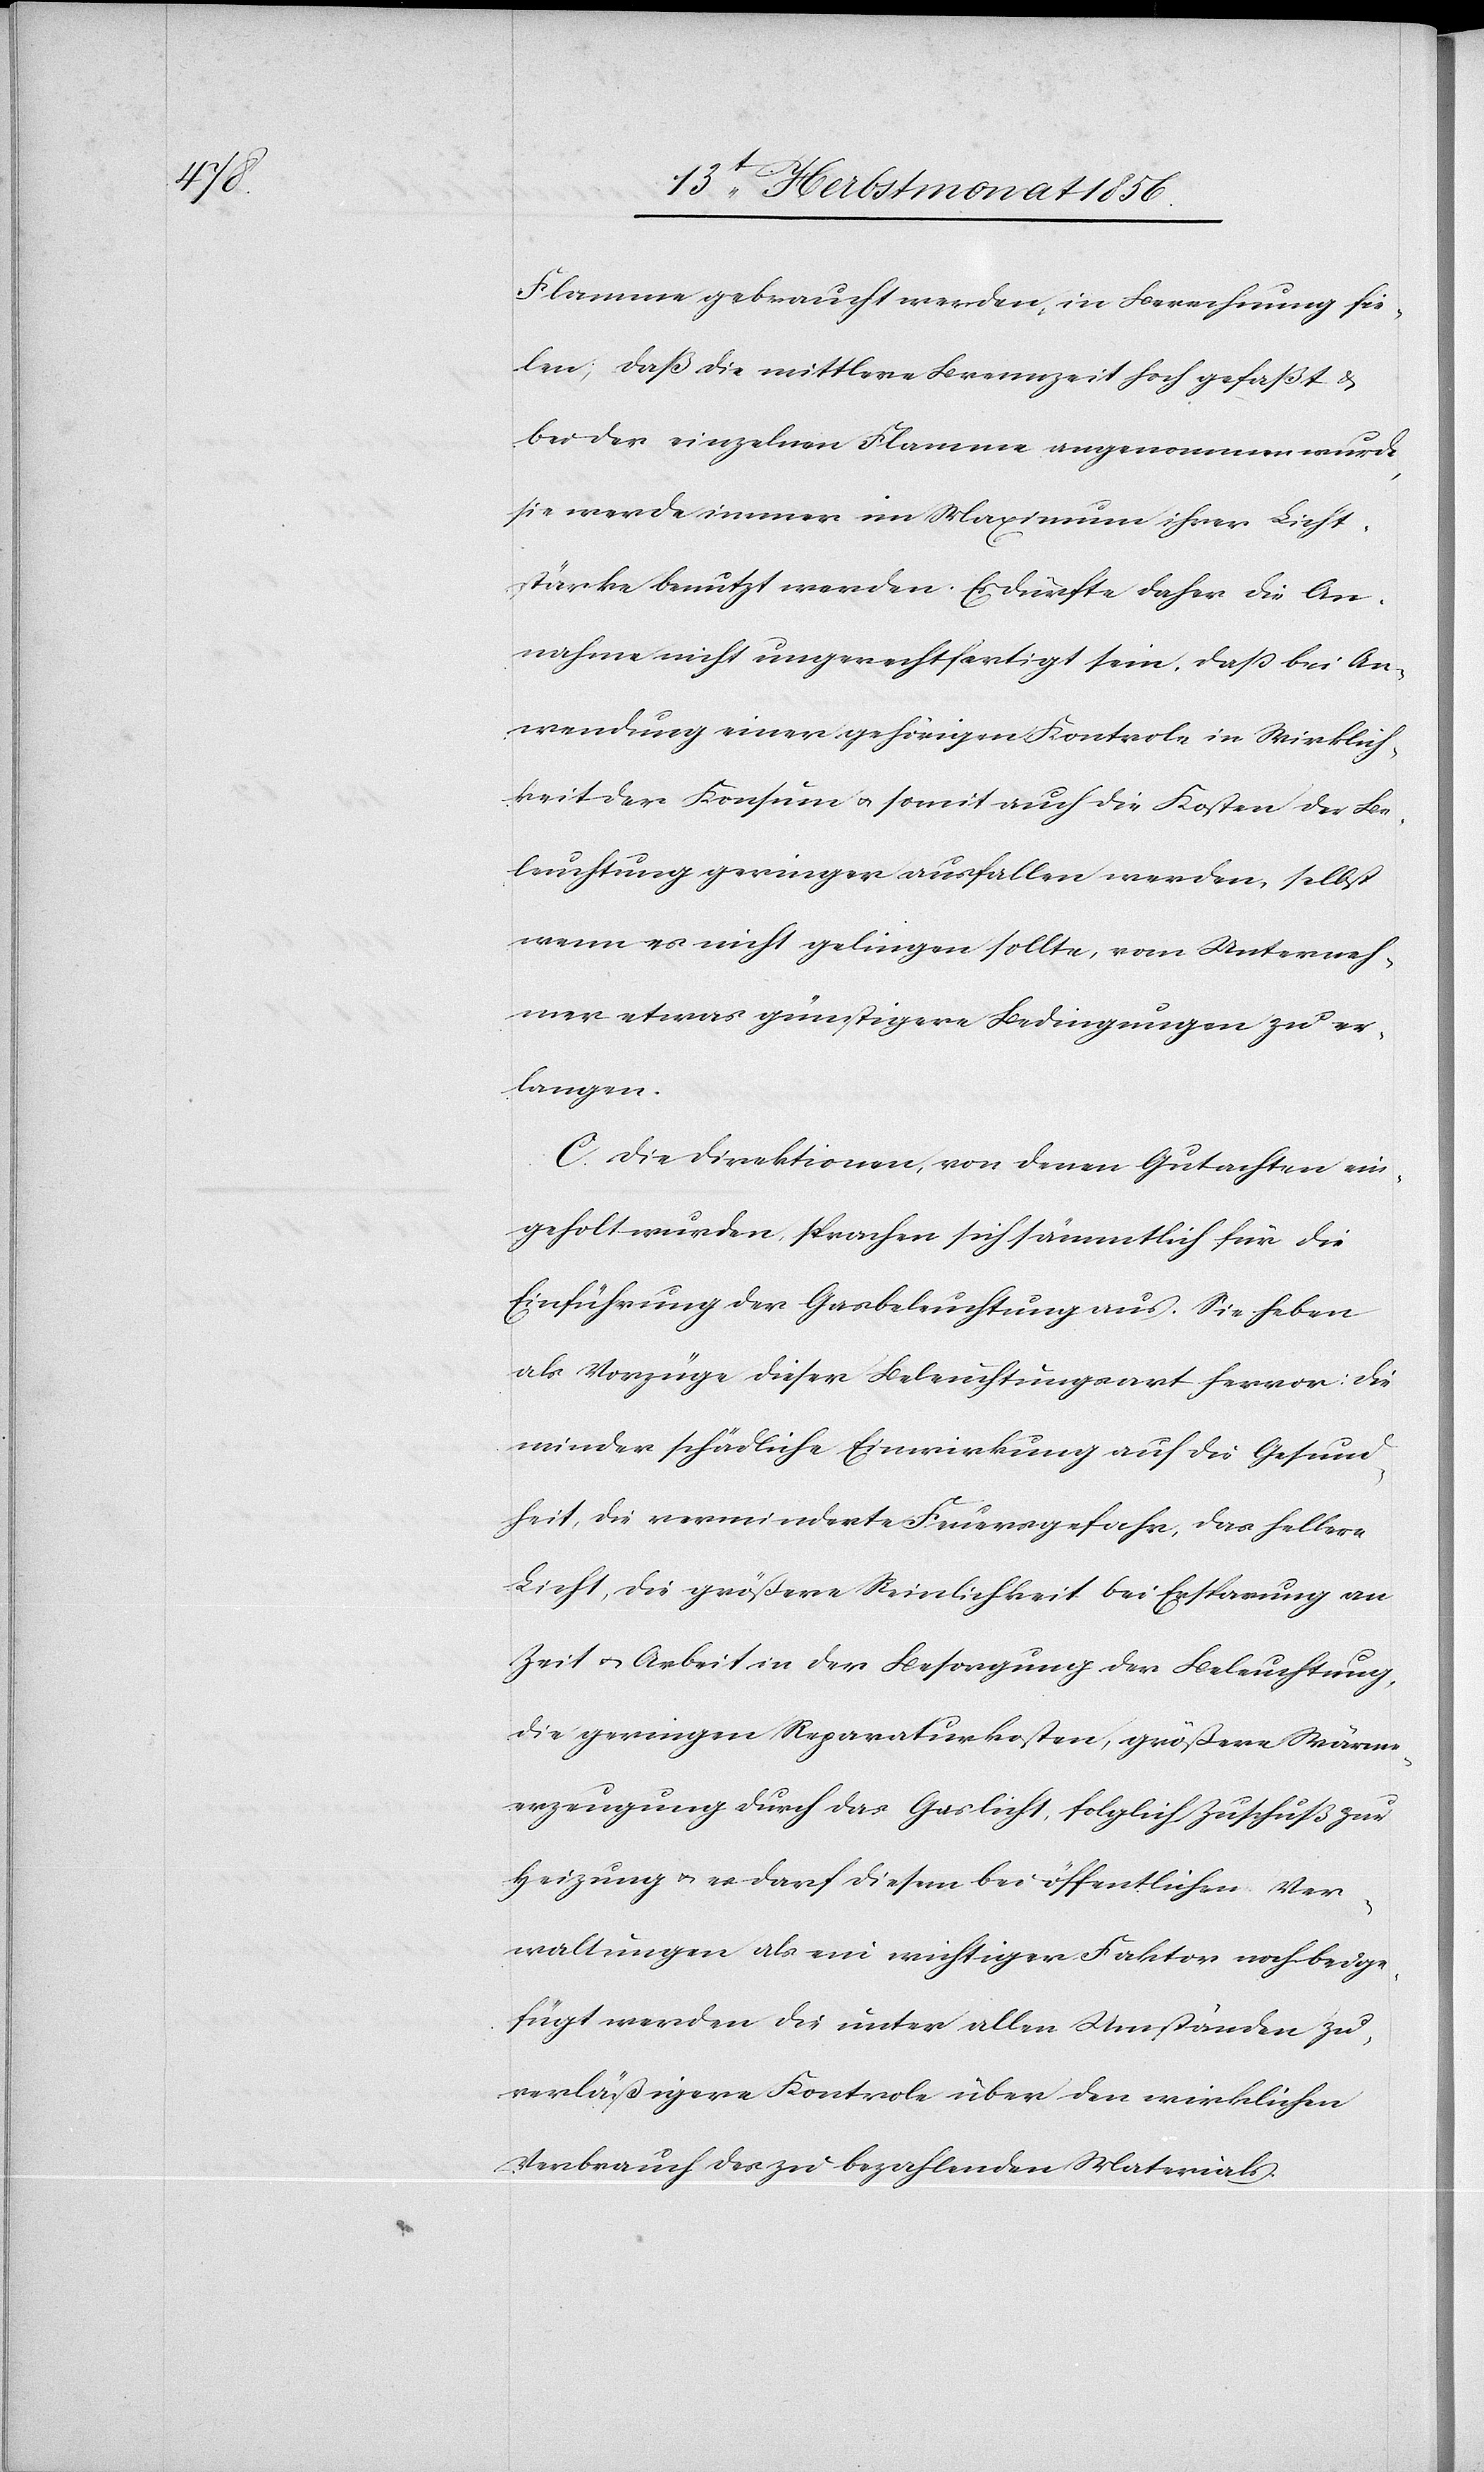
Flamme gebraucht werden, in Berechnung fie¬
len; daß die mittlere Brennzeit hoch gefaßt &
bei der einzelnen Flamme angenommen wurde,
sie werde immer im Maximum ihrer Licht¬
stärke benutzt werden. Es dürfte daher die An¬
nahme nicht ungerechtfertigt sein, dass bei An¬
wendung einer gehörigen Kontrole in Wirklich¬
keit der Konsum u. somit auch die Kosten der Be¬
leuchtung geringer ausfallen werden, selbst
wenn es nicht gelingen solle, vom Unterneh¬
mer etwas günstigere Bedingungen zu er¬
langen.
C. Die Direktionen, von denen Gutachten ein¬
geholt wurden, sprachen sich sämmtlich für die
Einführung der Gasbeleuchtung aus. Sie heben
als Vorzüge dieser Beleuchtungsart hervor: Die
minder schädliche Einwirkung auf die Gesund¬
heit, die verminderte Feuergefahr, das hellere
Licht, die größere Reinlichkeit bei Ersparung an
Zeit u. Arbeit in der Besorgung der Beleuchtung,
die geringeren Reparaturkosten, größere Wärme¬
erzeugung durch das Gaslicht, folglich Zuschuß zur
Heizung u. es darf diesem bei öffentlichen Ver¬
waltungen als ein wichtiger Faktor noch beige¬
fügt werden die unter allen Umständen zu¬
verläßigere Kontrole über den wirklichen
Verbrauch des zu bezahlenden Materials.